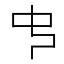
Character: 𠁧